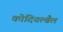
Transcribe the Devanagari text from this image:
कोदियल्बैल